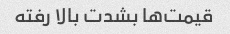
قیمت‌ها بشدت بالا رفته